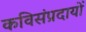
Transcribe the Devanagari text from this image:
कविसंप्रदायों